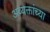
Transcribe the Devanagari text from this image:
अव्यक्तांच्या